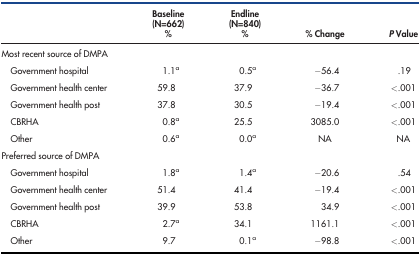
<table><thead><tr><td></td><td><b>Baseline (N=662) %</b></td><td><b>Endline (N=840) %</b></td><td><b>% Change</b></td><td><b><i>P</i> Value</b></td></tr></thead><tbody><tr><td>Most recent source of DMPA</td><td></td><td></td><td></td><td></td></tr><tr><td>Government hospital</td><td>1.1<sup>a</sup></td><td>0.5<sup>a</sup></td><td>−56.4</td><td>.19</td></tr><tr><td>Government health center</td><td>59.8</td><td>37.9</td><td>−36.7</td><td>&lt;.001</td></tr><tr><td>Government health post</td><td>37.8</td><td>30.5</td><td>−19.4</td><td>&lt;.001</td></tr><tr><td>CBRHA</td><td>0.8<sup>a</sup></td><td>25.5</td><td>3085.0</td><td>&lt;.001</td></tr><tr><td>Other</td><td>0.6<sup>a</sup></td><td>0.0<sup>a</sup></td><td>NA</td><td>NA</td></tr><tr><td>Preferred source of DMPA</td><td></td><td></td><td></td><td></td></tr><tr><td>Government hospital</td><td>1.8<sup>a</sup></td><td>1.4<sup>a</sup></td><td>−20.6</td><td>.54</td></tr><tr><td>Government health center</td><td>51.4</td><td>41.4</td><td>−19.4</td><td>&lt;.001</td></tr><tr><td>Government health post</td><td>39.9</td><td>53.8</td><td>34.9</td><td>&lt;.001</td></tr><tr><td>CBRHA</td><td>2.7<sup>a</sup></td><td>34.1</td><td>1161.1</td><td>&lt;.001</td></tr><tr><td>Other</td><td>9.7</td><td>0.1<sup>a</sup></td><td>−98.8</td><td>&lt;.001</td></tr></tbody></table>